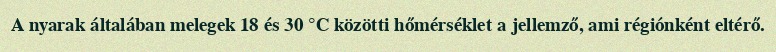
A nyarak általában melegek 18 és 30 °C közötti hőmérséklet a jellemző, ami régiónként eltérő.